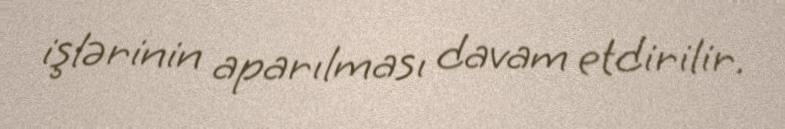
işlərinin aparılması davam etdirilir.